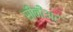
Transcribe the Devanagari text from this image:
सीनीअर